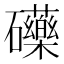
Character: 𮁚